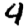
Digit: 4